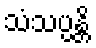
သံသပ္ပန္တိ